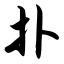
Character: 扑